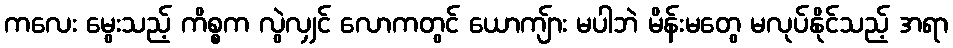
ကလေး မွေးသည့် ကိစ္စက လွဲလျှင် လောကတွင် ယောကျ်ား မပါဘဲ မိန်းမတွေ မလုပ်နိုင်သည့် အရာ